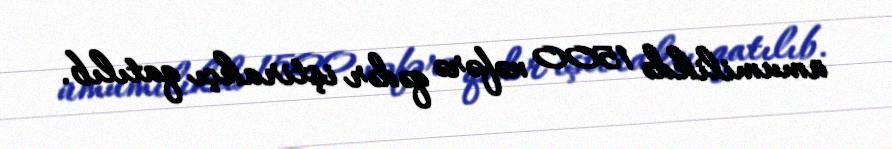
ümumilikdə 1500 nəfərə qədər iştirakçı qatılıb.